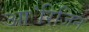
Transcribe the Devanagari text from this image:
आ॓रिजिन